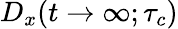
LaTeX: D_{x}(t\to\infty;\tau_{c})